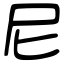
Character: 尼